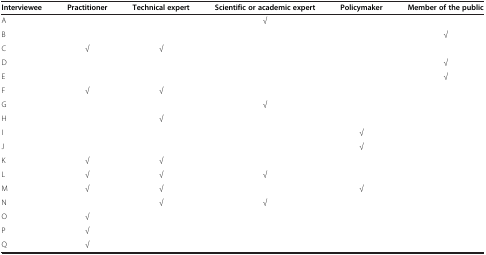
| Interviewee | Practitioner | Technical expert | Scientific or academic expert | Policymaker | Member of the public |
 | --- | --- | --- | --- | --- | --- |
 | A |  |  | √ |  |  |
 | B |  |  |  |  | √ |
 | C | √ | √ |  |  |  |
 | D |  |  |  |  | √ |
 | E |  |  |  |  | √ |
 | F | √ | √ |  |  |  |
 | G |  |  | √ |  |  |
 | H |  | √ |  |  |  |
 | I |  |  |  | √ |  |
 | J |  |  |  | √ |  |
 | K | √ | √ |  |  |  |
 | L | √ | √ | √ |  |  |
 | M | √ | √ |  | √ |  |
 | N |  | √ | √ |  |  |
 | O | √ |  |  |  |  |
 | P | √ |  |  |  |  |
 | Q | √ |  |  |  |  |